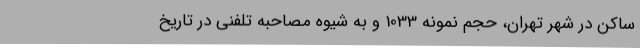
ساکن در شهر تهران، حجم نمونه 1033 و به شیوه مصاحبه تلفنی در تاریخ